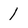
Character: 1